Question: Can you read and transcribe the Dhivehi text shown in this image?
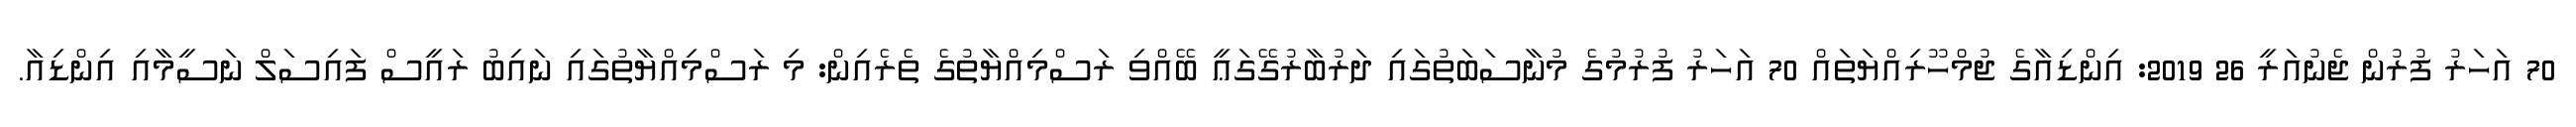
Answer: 70 އަހަރު ފުރުން ޖެނުއަރީ 26 2019: އިންޑިއާގެ ޖުމްހޫރިއްޔަތައް 70 އަހަރު ފުރުމުގެ މުނާސަބަތުގައި ދަރުބާރުގޭގަޢީ ބޭއްވި ރަސްމިއްޔާތުގެ ތެރެއިން: މި ރަސްމިއްޔާތުގައި ނައިބު ރައީސް ފައިސަލް ނަސީމާއި އިންޑިއާ.